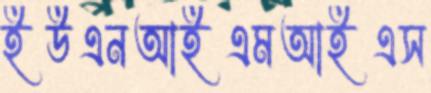
ইউএনআইএমআইএস